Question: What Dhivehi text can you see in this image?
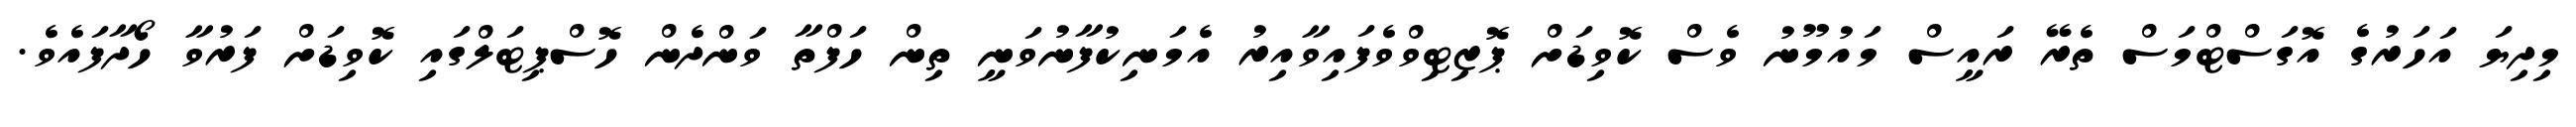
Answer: މިދިޔަ އަހަރުގެ އޮގަސްޓްމަސް ތެރޭ ރައީސް މައުމޫނު ވެސް ކޮވިޑަށް ޕޮޒިޓިވްވެފައިވާއިރު އެމަނިކުފާނުވަނީ ތިން ހަފްތާ ވަންދެން ހޮސްޕިޓަލްގައި ކޮވިޑަށް ފަރުވާ ހޯދާފައެވެ.